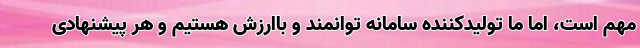
مهم است، اما ما تولیدکننده سامانه توانمند و باارزش هستیم و هر پیشنهادی